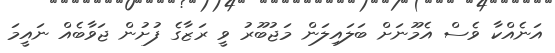
އަނެއްކާ ވެސް އެމޫނަށް ބަލައިލަން މަޖުބޫރު ވީ ރަޒާގެ ފުށުން ޖަވާބެއް ނައީމަ